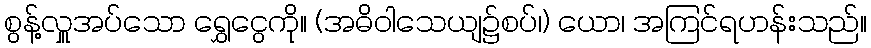
စွန့်လှူအပ်သော ရွှေငွေကို။ (အဓိဝါသေယျ၌စပ်၊) ယော၊ အကြင်ရဟန်းသည်။